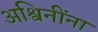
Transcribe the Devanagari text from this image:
अश्विनींना